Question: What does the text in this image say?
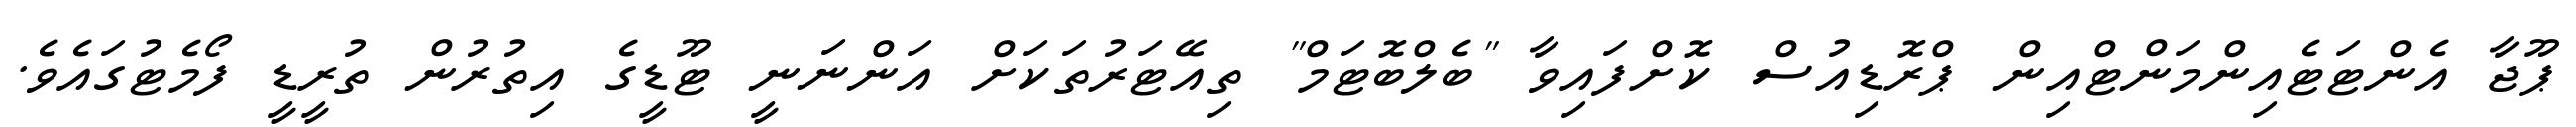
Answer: ޕޫޖާ އެންޓަޓެއިންމަންޓްއިން ޕްރޮޑިއުސް ކޮށްފައިވާ "ބެލްބޮޓަމް" ތިއޭޓަރުތަކަށް އަންނަނީ ޓޫޑީގެ އިތުރުން ތުރީޑީ ފޯމެޓުގައެވެ.